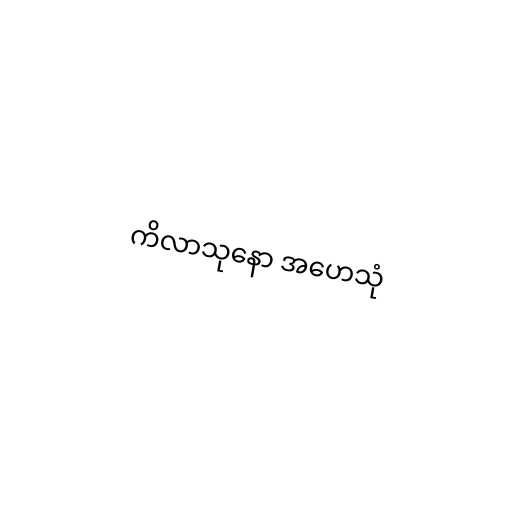
ကိလာသုနော အဟေသုံ